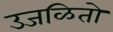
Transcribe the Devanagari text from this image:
उजळितो